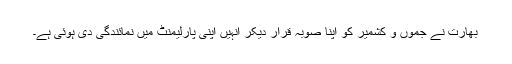
بھارت نے جموں و کشمیر کو اپنا صوبہ قرار دیکر انہیں اپنی پارلیمنٹ میں نمائندگی دی ہوئی ہے۔